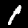
Digit: 1